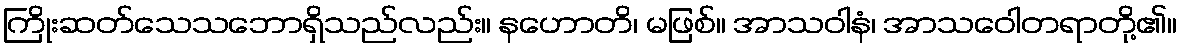
ကြိုးဆတ်သေသဘောရှိသည်လည်း။ နဟောတိ၊ မဖြစ်။ အာသဝါနံ၊ အာသဝေါတရာတို့၏။